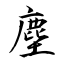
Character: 塵